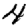
Digit: 4